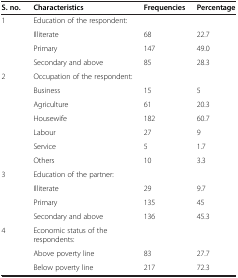
<table><thead><tr><td><b>S. no.</b></td><td><b>Characteristics</b></td><td><b>Frequencies</b></td><td><b>Percentage</b></td></tr></thead><tbody><tr><td rowspan="4">1</td><td>Education of the respondent:</td><td> </td><td> </td></tr><tr><td>Illiterate</td><td>68</td><td>22.7</td></tr><tr><td>Primary</td><td>147</td><td>49.0</td></tr><tr><td>Secondary and above</td><td>85</td><td>28.3</td></tr><tr><td rowspan="7">2</td><td>Occupation of the respondent:</td><td> </td><td> </td></tr><tr><td>Business</td><td>15</td><td>5</td></tr><tr><td>Agriculture</td><td>61</td><td>20.3</td></tr><tr><td>Housewife</td><td>182</td><td>60.7</td></tr><tr><td>Labour</td><td>27</td><td>9</td></tr><tr><td>Service</td><td>5</td><td>1.7</td></tr><tr><td>Others</td><td>10</td><td>3.3</td></tr><tr><td rowspan="4">3</td><td>Education of the partner:</td><td> </td><td> </td></tr><tr><td>Illiterate</td><td>29</td><td>9.7</td></tr><tr><td>Primary</td><td>135</td><td>45</td></tr><tr><td>Secondary and above</td><td>136</td><td>45.3</td></tr><tr><td rowspan="2">4</td><td>Economic status of the respondents:</td><td> </td><td> </td></tr><tr><td>Above poverty line</td><td>83</td><td>27.7</td></tr><tr><td> </td><td>Below poverty line</td><td>217</td><td>72.3</td></tr></tbody></table>